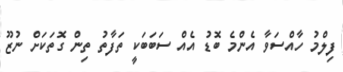
ފިލްމު ހާއްސަވާ އެންމެ ބޮޑު އެއް ސަބަބަކީ ތަފާތު ތިން ގޮތަކަށް ނުޒޫ